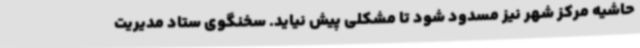
حاشیه مرکز شهر نیز مسدود شود تا مشکلی پیش نیاید. سخنگوی ستاد مدیریت